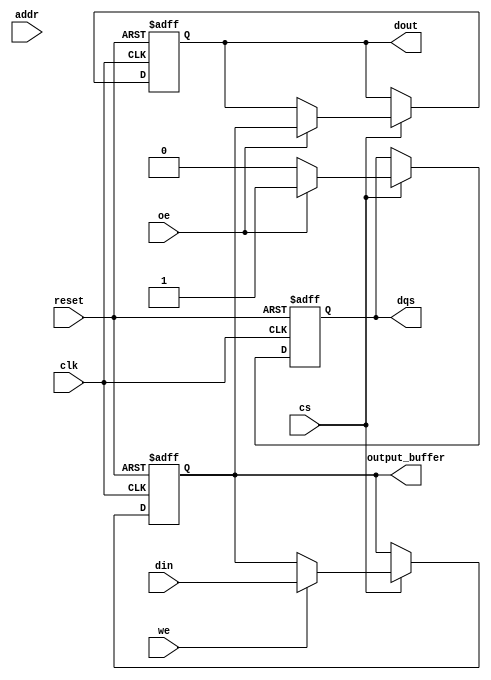
module sdram_io_block #(
    parameter DATA_WIDTH = 16, // Configurable data width, can be 8, 16, or 32 bits
    parameter ADDR_WIDTH = 12   // Address width, can be altered as per specs
)(
    input wire clk,             // Clock signal
    input wire reset,           // Active high reset signal
    input wire cs,              // Chip Select
    input wire we,              // Write Enable
    input wire oe,              // Output Enable
    input wire [ADDR_WIDTH-1:0] addr, // Address Bus
    input wire [DATA_WIDTH-1:0] din,  // Data Input Bus
    output reg [DATA_WIDTH-1:0] dout, // Data Output Bus
    output reg dqs,             // Data Strobe signal
    output reg [DATA_WIDTH-1:0] output_buffer   // Internal Output Buffer
);

    reg [DATA_WIDTH-1:0] input_buffer;    // Input Buffer
    reg [3:0] refresh_counter;              // Refresh control counter

    // Synchronous block for input/output operations
    always @(posedge clk or posedge reset) begin
        if (reset) begin
            dout <= 0;
            input_buffer <= 0;
            output_buffer <= 0;
            dqs <= 0;
            refresh_counter <= 0;
        end else if (cs) begin
            if (we) begin
                // Write operation
                input_buffer <= din;
                output_buffer <= din; // Assume writing back for simplicity
            end 
            if (oe) begin
                // Read operation
                dout <= output_buffer;
                dqs <= 1; // Drive DQS high to indicate valid data
            end else begin
                dqs <= 0; // DQS low if no read operation
            end
        end
    end

    // Refresh control for DRAM
    always @(posedge clk or posedge reset) begin
        if (reset) begin
            refresh_counter <= 0;
        end else begin
            if (refresh_counter < 15) begin
                // Simulate periodic refresh operation every few clock cycles
                refresh_counter <= refresh_counter + 1;
            end else begin
                // Refresh logic here (not fully implemented)
                refresh_counter <= 0;
            end
        end
    end

endmodule